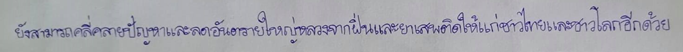
ยังสามารถคลี่คลายปัญหาและลดอันตรายใหญ่หลวงจากฝิ่นและยาเสพติดให้แก่ชาวไทยและชาวโลกอีกด้วย